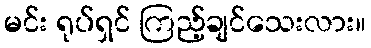
မင်း ရုပ်ရှင် ကြည့်ချင်သေးလား။